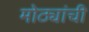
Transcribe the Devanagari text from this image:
मोठ्यांची